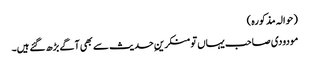
(حوالہ مذکورہ )
مودودی صاحب یہاں تو منکرینِ حدیث سے بھی آگے بڑھ گئے ہیں۔